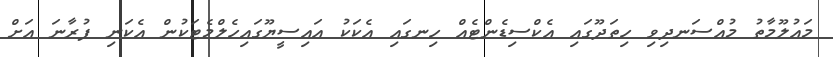
މައުލޫމާތު މުއްސަނދިވި ހިތަދޫގައި އެކްސިޑެންޓެއް ހިނގައި އެކަކު އައިސީޔޫގައިހެލްމެޓަކުން އެކަނި ފުރާނަ އަށް